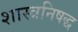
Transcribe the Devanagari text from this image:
शास्त्रनिषद्ध